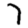
Digit: 7